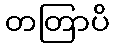
တတြာပိ